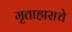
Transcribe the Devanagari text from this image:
मृताहाराचे